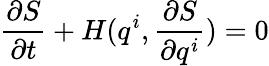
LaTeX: \frac{\partial S}{\partial t}+H(q^{i},\frac{\partial S}{\partial q^{i}})=0